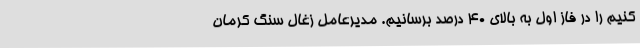
کنیم را در فاز اول به بالای 40 درصد برسانیم. مدیرعامل زغال سنگ کرمان